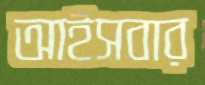
আইসবার